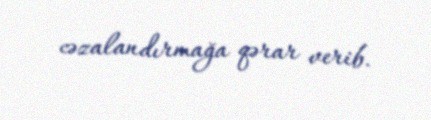
cəzalandırmağa qərar verib.